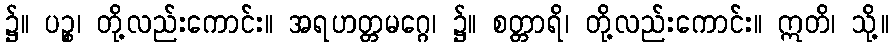
၌။ ပဉ္စ၊ တို့လည်းကောင်း။ အရဟတ္တမဂ္ဂေ၊ ၌။ စတ္တာရိ၊ တို့လည်းကောင်း။ ဣတိ၊ သို့။